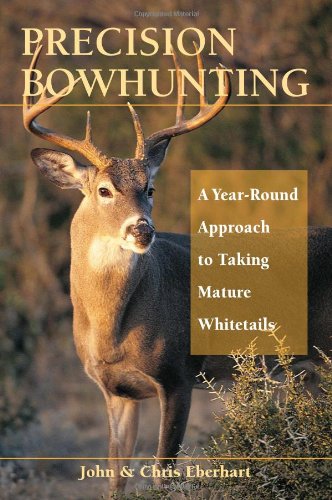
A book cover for Precision Bowhunting: A Year-Round Approach to Taking Mature Whitetails; John Eberhart; Sports & Outdoors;